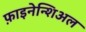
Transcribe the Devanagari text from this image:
फ़ाइनेन्शिअल